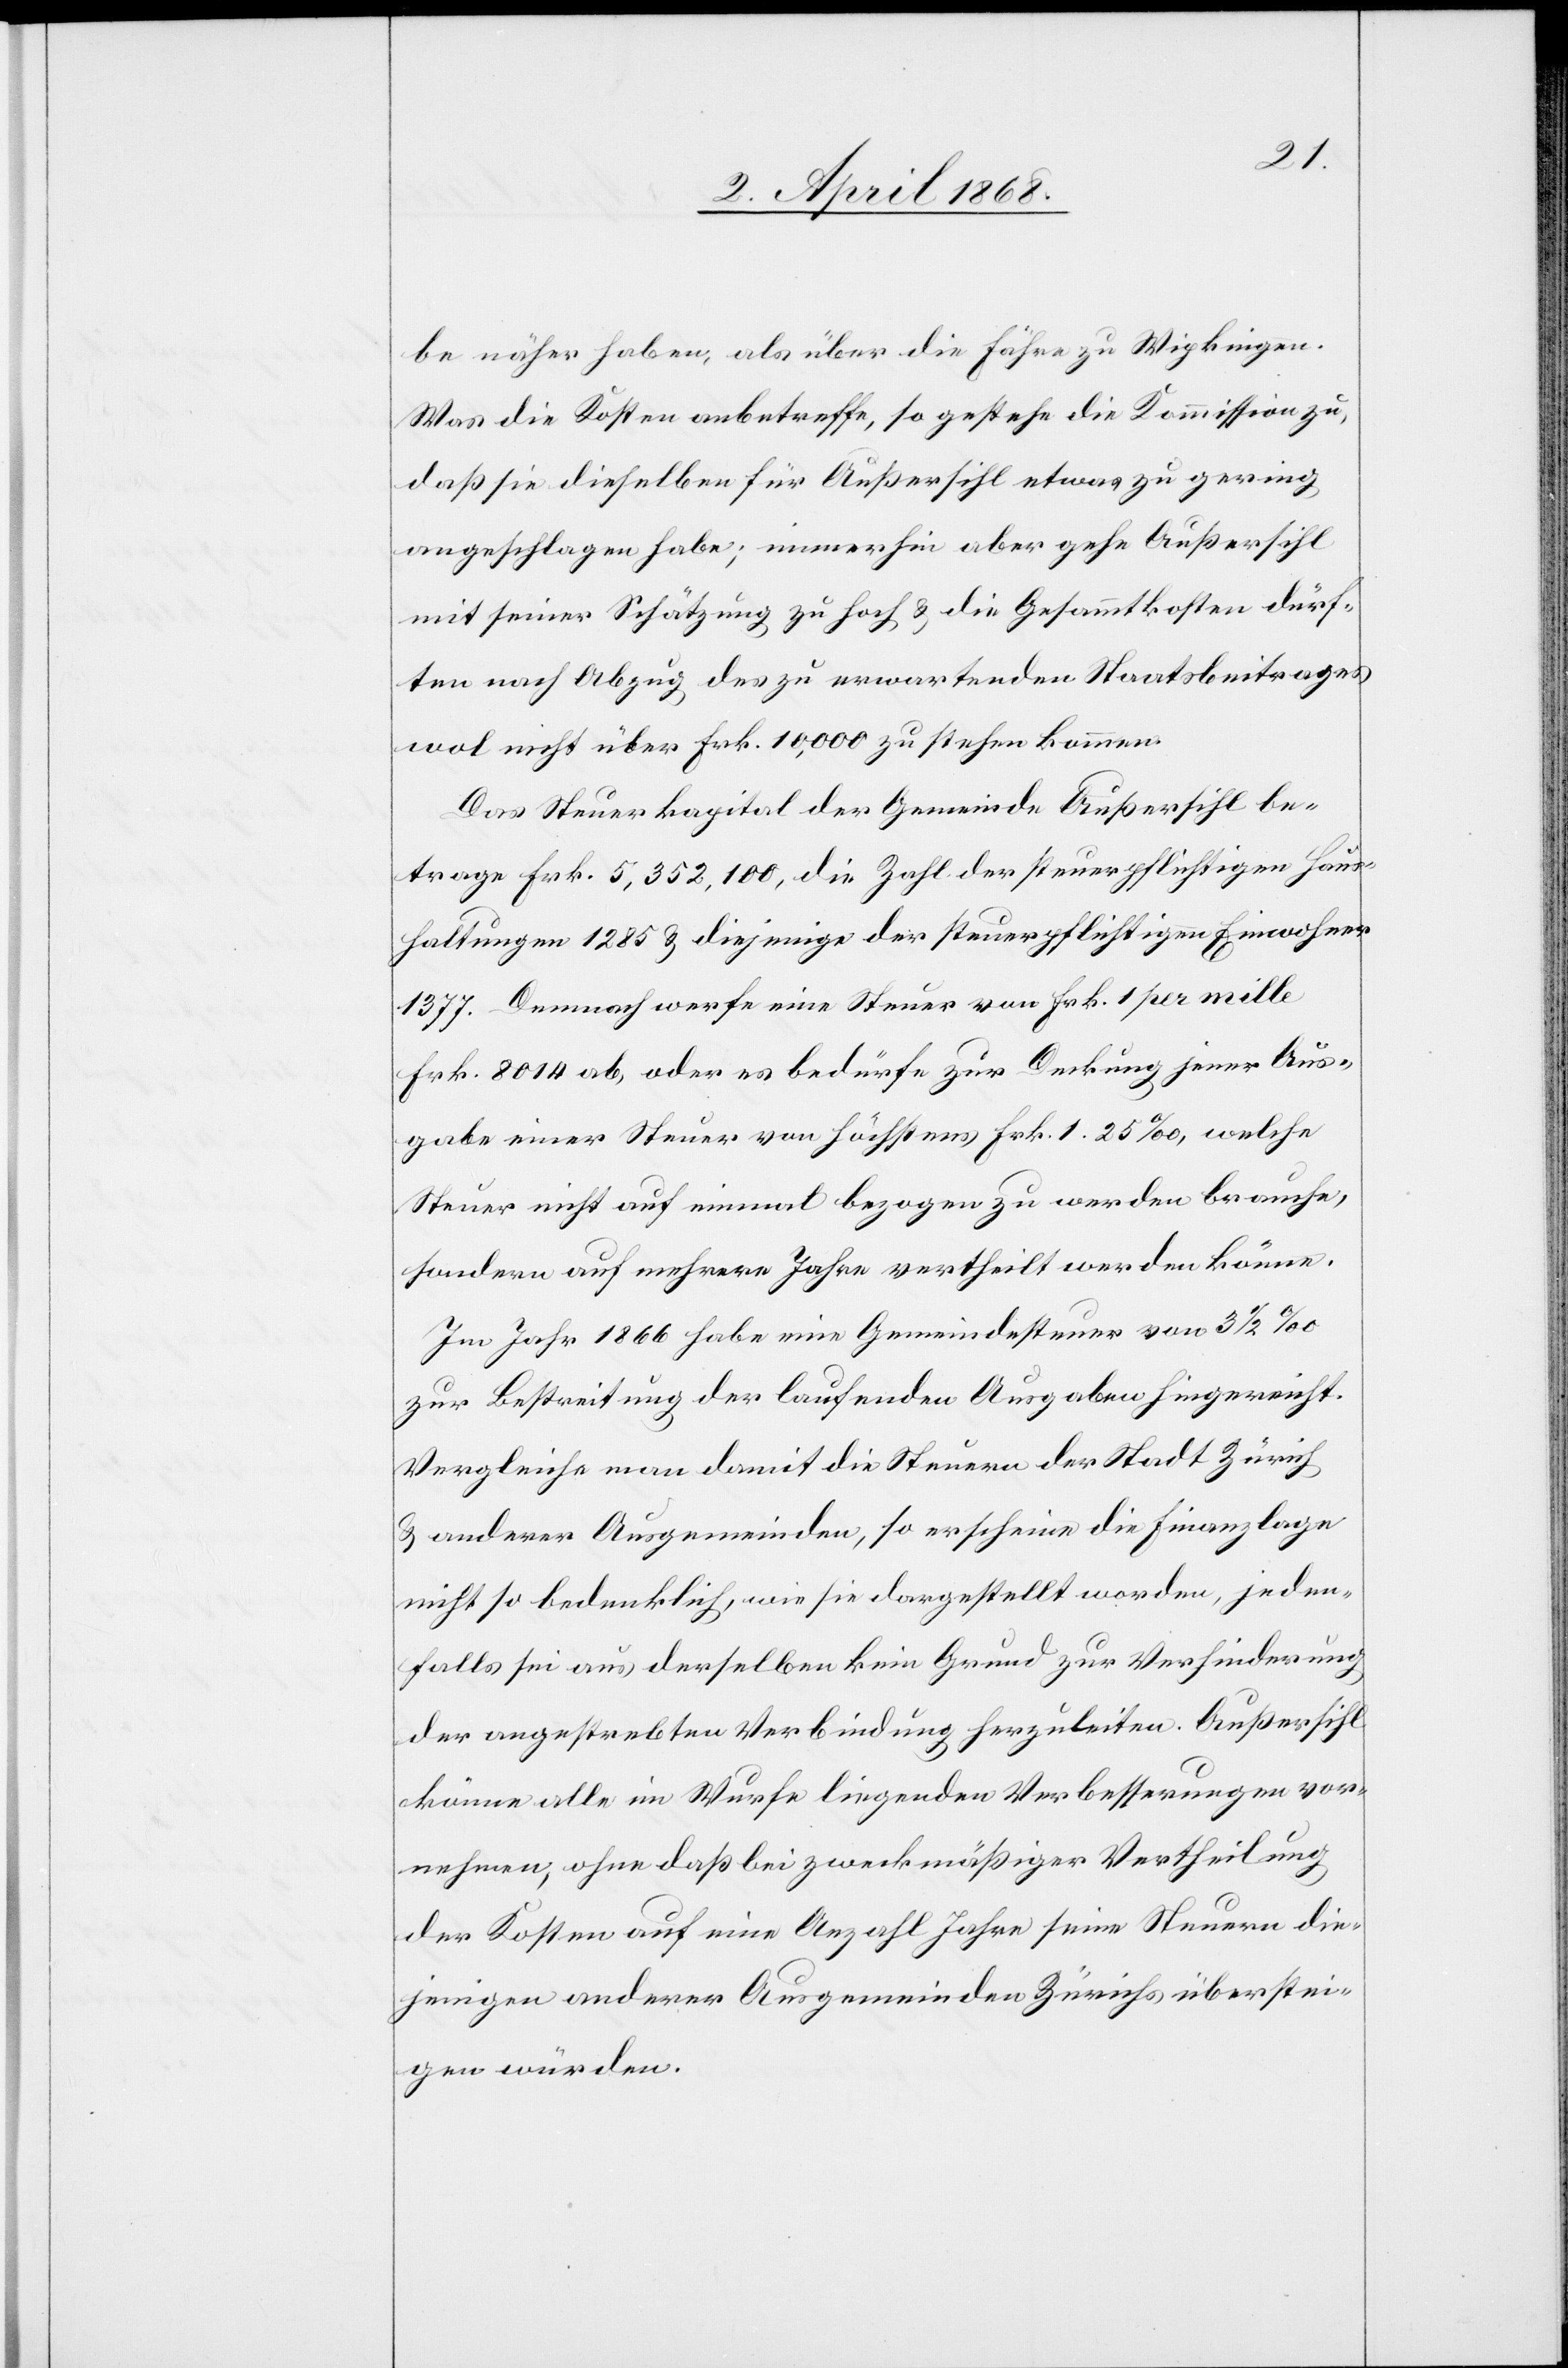
be näher habe, als über die Fähre zu Wipkingen.
Was die Kosten anbetreffe, so gestehe die Kommission zu,
daß sie dieselben für Außersihl etwas zu gering
angeschlagen habe; immerhin aber gehe Außersihl
mit seiner Schätzung zu hoch & die Gesammtkosten dürf¬
ten nach Abzug des zu erwartenden Staatsbeitrages
wol nicht über Frk. 10,000 zu stehen kommen.
Das Steuerkapital der Gemeinde Außersihl be¬
trage Frk. 5,352,100, die Zahl der steuerpflichtigen Haus¬
haltungen 1285 & diejenige der steuerpflichtigen Einwohner
1377. Demnach werfe eine Steuer von Frk. 1 per mille
Frk. 8014 ab, oder es bedürfe zur Deckung jener Aus¬
gabe einer Steuer von höchstens Frk. 1. 25‰, welche
Steuer nicht auf einmal bezogen zu werden brauche,
sondern auf mehrere Jahre vertheilt werden könne.
Im Jahr 1866 habe eine Gemeindesteuer von 3 1/2 ‰
zur Bestreitung der laufenden Ausgaben hingereicht.
Vergleiche man damit die Steuern der Stadt Zürich
& anderer Ausgemeinden, so erscheine die Finanzlage
nicht so bedenklich, wie sie dargestellt worden, jeden¬
falls sei aus derselben kein Grund zur Verhinderung
der angestrebten Verbindung herzuleiten. Außersihl
könne alle im Wurfe liegenden Verbesserungen vor¬
nehmen, ohne daß bei zweckmäßiger Vertheilung
der Kosten auf eine Anzahl Jahre seine Steuern die¬
jenigen anderer Ausgemeinden Zürichs überstei¬
gen würden.